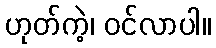
ဟုတ်ကဲ့၊ ဝင်လာပါ။